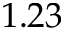
1 . 2 3